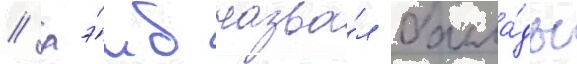
/ лэ́мб назва́л балла́ды